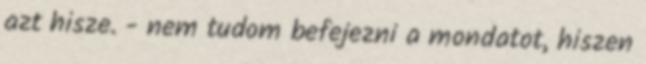
azt hisze. - nem tudom befejezni a mondatot, hiszen